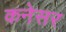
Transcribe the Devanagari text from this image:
कनेसर